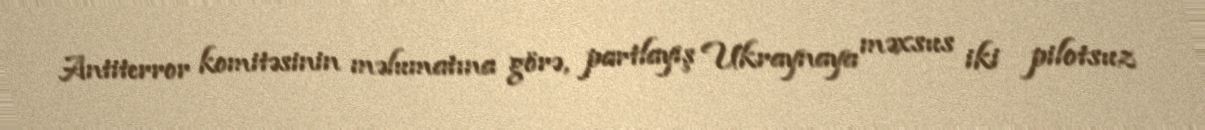
Antiterror komitəsinin məlumatına görə, partlayış Ukraynaya məxsus iki pilotsuz